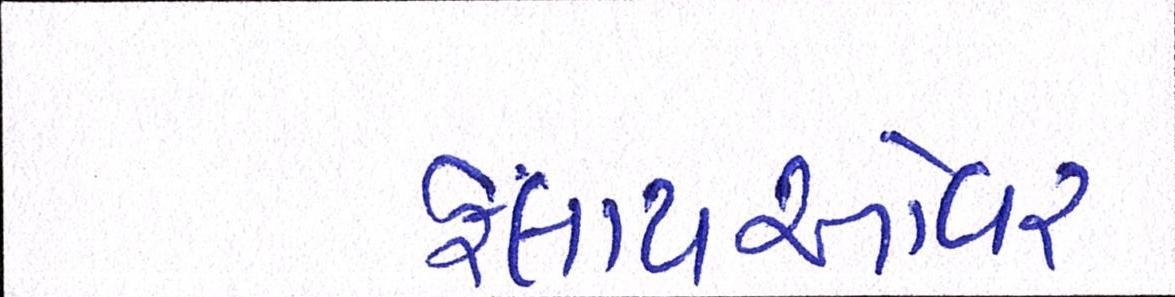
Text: ફ્લાયઓવર